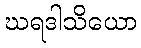
ဃရဒါသိယော